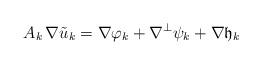
LaTeX: \begin{align*}A_k\,\nabla \tilde u_k=\nabla\varphi_k+\nabla^\perp\psi_k+\nabla {\frak h}_k\end{align*}